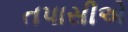
તપાસીએ